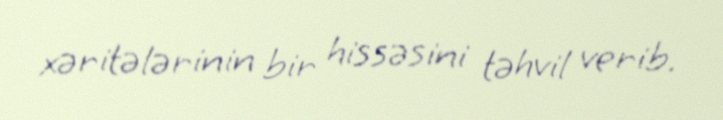
xəritələrinin bir hissəsini təhvil verib.